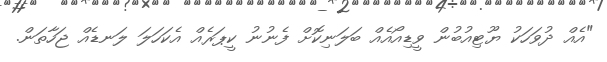
"އެއް ދުވަހަކު ޔޫޓިއުބުން ވީޑިއޯއެއް ބަލަނިކޮށް ފެނުނު ކީޕަރެއް އެކަހަލަ ލަނޑެއް ޖަހާތަން.